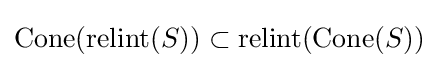
\mathrm {Cone} (\mathrm {relint} (S))\subset \mathrm {relint} (\mathrm {Cone} (S))